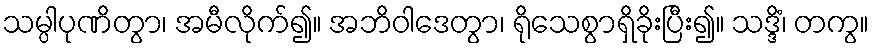
သမ္ပါပုဏိတွာ၊ အမီလိုက်၍။ အဘိဝါဒေတွာ၊ ရိုသေစွာရှိခိုးပြီး၍။ သဒ္ဒိံ၊ တကွ။